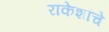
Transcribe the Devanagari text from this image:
राकेशांचे